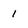
Character: 1